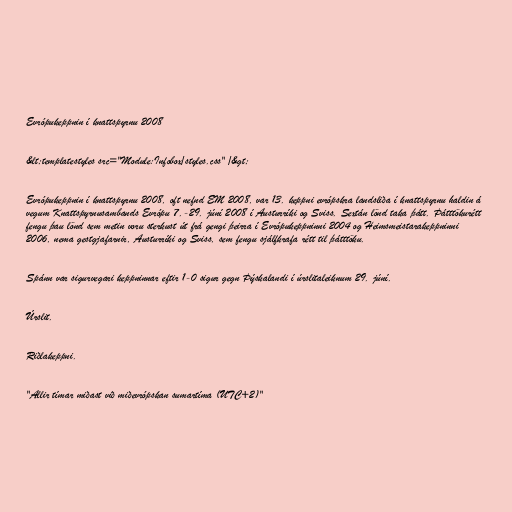
Evrópukeppnin í knattspyrnu 2008

&lt;templatestyles src="Module:Infobox/styles.css" /&gt;

Evrópukeppnin í knattspyrnu 2008, oft nefnd EM 2008, var 13. keppni evrópskra landsliða í knattspyrnu haldin á
vegum Knattspyrnusambands Evrópu 7.-29. júní 2008 í Austurríki og Sviss. Sextán lönd taka þátt. Þátttökurétt
fengu þau lönd sem metin voru sterkust út frá gengi þeirra í Evrópukeppninni 2004 og Heimsmeistarakeppninni
2006, nema gestgjafarnir, Austurríki og Sviss, sem fengu sjálfkrafa rétt til þátttöku.

Spánn var sigurvegari keppninnar eftir 1-0 sigur gegn Þýskalandi í úrslitaleiknum 29. júní.

Úrslit.

Riðlakeppni.

"Allir tímar miðast við miðevrópskan sumartíma (UTC+2)"